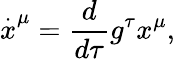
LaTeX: \stackrel{.}{x}^{\mu}=\frac{d}{d\tau}g^{\tau}x^{\mu},